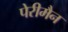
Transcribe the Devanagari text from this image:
पेरीमैन